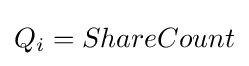
Q_{i}=ShareCount